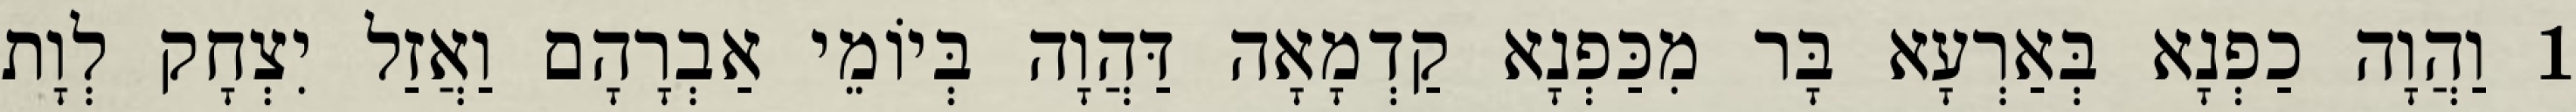
1 וַהֲוָה כַפְנָא בְּאַרְעָא בָּר מִכַּפְנָא קַדְמָאָה דַּהֲוָה בְּיוֹמֵי אַבְרָהָם וַאֲזַל יִצְחָק לְוָת